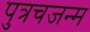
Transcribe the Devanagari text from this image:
पुत्रचजन्म